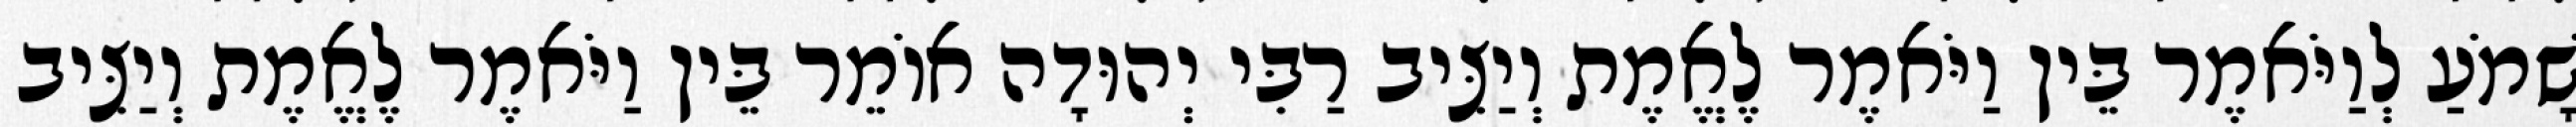
שָׁמֹעַ לְוַיֹּאמֶר בֵּין וַיֹּאמֶר לֶאֱמֶת וְיַצִּיב רַבִּי יְהוּדָה אוֹמֵר בֵּין וַיֹּאמֶר לֶאֱמֶת וְיַצִּיב